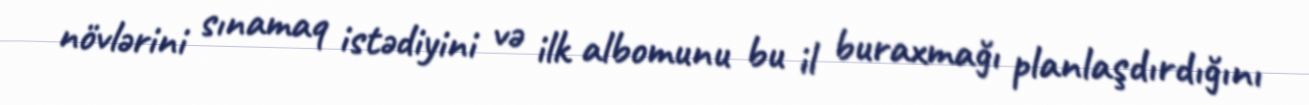
növlərini sınamaq istədiyini və ilk albomunu bu il buraxmağı planlaşdırdığını